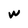
Character: w